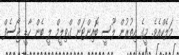
މަލެކްއެވެ. މީގެ އިތުރުން ލޫސީ ބޮއިންޓަން ގްވިލީމް ލީ ބެން ހާޑީ ޖޯސެފް